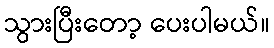
သွားပြီးတော့ ပေးပါမယ်။